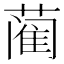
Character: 蔺